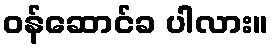
ဝန်ဆောင်ခ ပါလား။